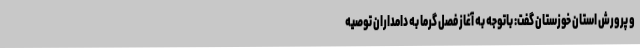
و پرورش استان خوزستان گفت: باتوجه به آغاز فصل گرما به دامداران توصیه